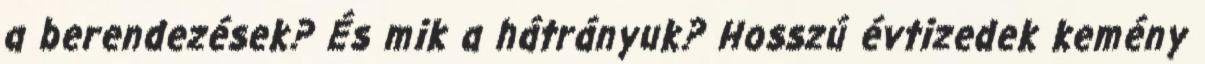
a berendezések? És mik a hátrányuk? Hosszú évtizedek kemény